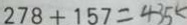
2 7 8 + 1 5 7 = 4 3 5 k